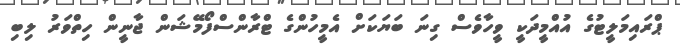
ޕްރައިމަލީޓުގެ އުއްމީދަކީ ވީހާވެސް ގިނަ ބަޔަކަށް އެމީހުންގެ ޓްރާންސްފޯމޭޝަން ޖާނީން ހިތްވަރު ލިބި